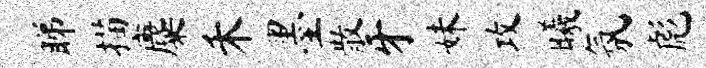
睇描麋禾墨散牙妹攻曦氛彪